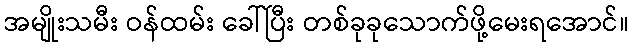
အမျိုးသမီး ဝန်ထမ်း ခေါ်ပြီး တစ်ခုခုသောက်ဖို့မေးရအောင်။